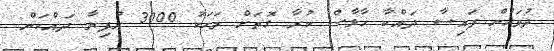
ދުވަހުން ފައިސާ ދައްކާ ޚާލާސް ކުރާ ގޮތަށް މަހަކު 3000 ރުފިޔާ ދައްކަން